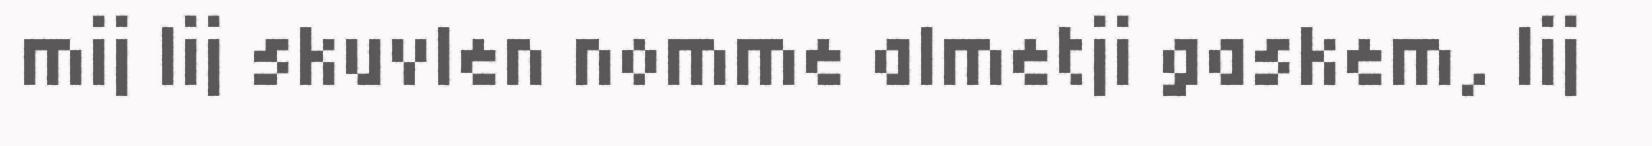
mij lij skuvlen nomme almetji gaskem, lij